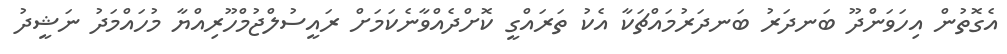
އެގޮތުން އިހަވަންދޫ ބަނދަރު ބަނދަރުމައްޗަކާ އެކު ތަރައްގީ ކޮށްދެއްވާނެކަމަށް ރައީސުލްޖުމްހޫރިއްޔާ މުހައްމަދު ނަޝީދު